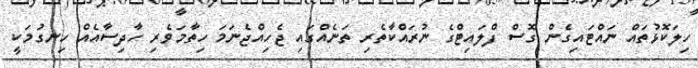
ހިލަކޮޅުތައް ނައްޓައިގެން ގޮސް ފްލައިޓްގެ ނުރައްކާތެރި ތަނެއްގައި ޖެހިއްޖެނަމަ ހިތާމަވެރި ހާދިސާއެއް ހިނގުމަކީ